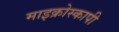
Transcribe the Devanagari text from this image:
माइक्रोस्कापी